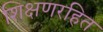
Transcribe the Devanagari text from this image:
शिक्षणरहित